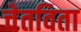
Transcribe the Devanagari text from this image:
चेतविता